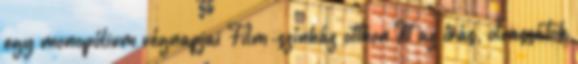
egy monopólium végnapjai Film-színház otthon Itt az írás, olvassátok